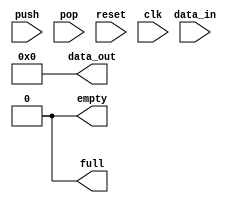
module FIFO(data_out, empty, full, data_in, push, pop, reset, clk);
	// Definitions for the constants the SIPO convertor
	// parameter PARAM_NAME = VALUE;
	/**
	 * Depth = number of rows for the register file
	 *
	 * The construct base**exponent is not synthesizable for our
	 * tool and technology library set up. It should be with the latest
	 * version of Verilog, Verilog 2005
	 */
	//parameter DEPTH = 3;			// DEPTH = 2^DEPTH_P2 = 2^3
	//parameter DEPTH = 8;			// DEPTH = 2^DEPTH_P2 = 2^3
	parameter DEPTH = 8;			// DEPTH = 2^DEPTH_P2 = 2^3
	// Width of the register file
	parameter WIDTH = 8;
	
		
	
	
	
	
	// Output signals representing the end of the transaction
	// Output of the FIFO queue
	output [WIDTH-1:0] data_out;
	// Indicate if circular FIFO is empty when HIGH
	output empty;
	// Indicate if circular FIFO is full when HIGH
	output full;
	
	
	
	// ===============================================================
	// Input signals
	// Input data coming in to the register file
	input [WIDTH-1:0] data_in;
	// Flag to indicate if data is to be added to the circular FIFO
	input push;
	// Flag to indicate if data is to be removed from the circular FIFO
	input pop;
	// Flag to indicate if the circular FIFO should be emptied
	input reset;
	// Clock signal for the circular FIFO
	input clk;
	
	
	
	
	
	// ===============================================================
	// Declare "wire" signals:
	//wire FSM_OUTPUT;



	
	// ===============================================================
	// Declare "reg" signals: 
	reg [WIDTH-1:0] data_out;		// Output signals
	reg empty,full;					// Output signal
	// Addresses for write and read operations
	reg [DEPTH-1:0] wraddr, rdaddr;
	// Read pointer
	//reg rd_ptr;
	// Write pointer
	//reg wr_ptr;
	// Storage locations
	reg [DEPTH-1:0] reg_file [WIDTH-1:0];
	reg [DEPTH-1:0] num_elems;
		
	
	
	
	// ===============================================================
	// Definitions for the states in the FIFO queue
	// parameter PARAM_NAME = VALUE;
	
	
	
	
	
	
	// ===============================================================
	/**
	 * Instantiate an instance of regfile() so that
	 * inputs can be passed to the Device Under Test (DUT)
	 * Given instance name is "rg"
	 */
/*
	regfile rg (
		// instance_name(signal name),
		// Signal name can be the same as the instance name
		data_out,data_in,wraddr,rdaddr,push,clk);
*/	
	
	
	
	
	
	
	// ===============================================================
	// When the signal is reset
	always @(reset)
	begin
		data_out=8'd0;
		empty=1'd0;
		full=1'd0;
		
		wraddr=8'd0;
		rdaddr=8'd0;
		num_elems=8'd0;
	end
	
	
	
	
	
	
	
	
	
	// ===============================================================
	always @(posedge clk)
	begin
		// If push and pop are HIGH, perform no operations
	
		if(push && (~full) && (~pop))
		begin
			reg_file[wraddr] = data_in;
			wraddr=(wraddr+1)%DEPTH;
			num_elems=num_elems+1;
			
			if(empty)
			begin
				empty=1'd0;
			end

			// Is the circular FIFO full?
			//if(wraddr==(rdaddr-1))
			if((wraddr==rdaddr) &&(~empty) && (num_elems==DEPTH))
			begin
				// Yes...
				full=1'd1;
			end
			else
			begin
				// NO...
				full=1'd0;
			end
		end
		else if(pop && (~empty) && (~push))
		begin
			data_out=reg_file[rdaddr];
			rdaddr=(rdaddr+1)%DEPTH;
			num_elems=num_elems-1;
			
			if(full)
			begin
				full=1'd0;
			end
			
			// Is the circular FIFO empty?
			if(wraddr==rdaddr)
			begin
				// Yes...
				empty=1'd1;
			end
			else
			begin
				// NO...
				empty=1'd0;
			end
		end
/*
		else if(full)
		begin
			if((wraddr!=rdaddr) || (num_elems!=DEPTH) || (empty))
			begin
				// Yes...
				full=1'd0;
			end
		end
		else if(empty)
		begin
			if(wraddr!=rdaddr)
			begin
				// NO...
				empty=1'd0;
			end
		end
		else if(wraddr!=rdaddr)
		begin
			empty=1'd0;
			full=1'd0;
		end
*/
	end
	
	
endmodule